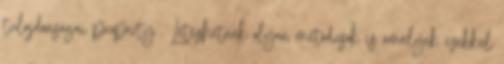
tulajdonságai property . Létezhetnek olyan metódusok is amelyek ezekkel